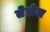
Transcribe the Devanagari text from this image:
तेसेच